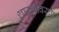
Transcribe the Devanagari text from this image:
शास्त्रावरचा